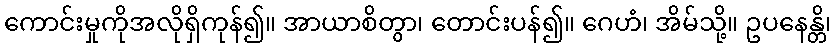
ကောင်းမှုကိုအလိုရှိကုန်၍။ အာယာစိတွာ၊ တောင်းပန်၍။ ဂေဟံ၊ အိမ်သို့။ ဥပနေန္တိ၊